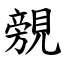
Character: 覫